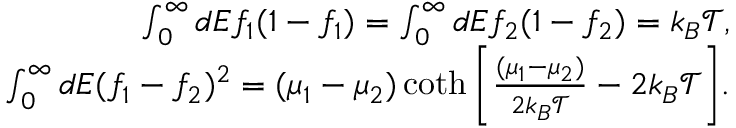
\begin{array} { r } { { \int _ { 0 } ^ { \infty } d E f _ { 1 } ( 1 - f _ { 1 } ) = \int _ { 0 } ^ { \infty } d E f _ { 2 } ( 1 - f _ { 2 } ) = k _ { B } \mathcal { T } , } } \\ { { \int _ { 0 } ^ { \infty } d E ( f _ { 1 } - f _ { 2 } ) ^ { 2 } = ( \mu _ { 1 } - \mu _ { 2 } ) \coth \left[ \frac { ( \mu _ { 1 } - \mu _ { 2 } ) } { 2 k _ { B } \mathcal { T } } - 2 k _ { B } \mathcal { T } \right] } . } \end{array}